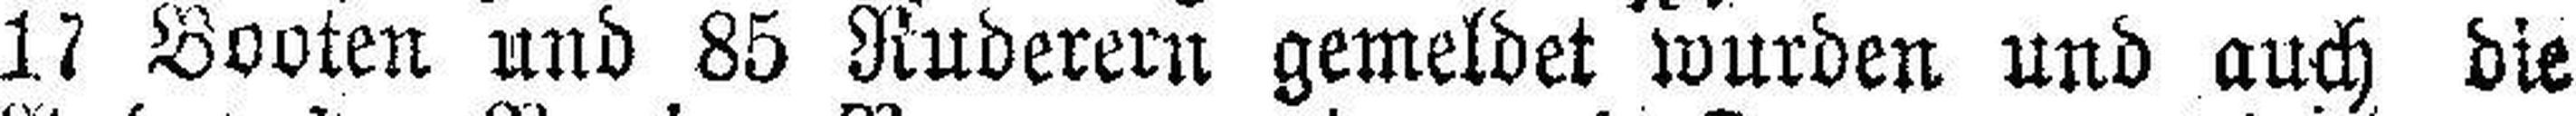
17 Booten und 85 Ruderern gemeldet wurden und auch die